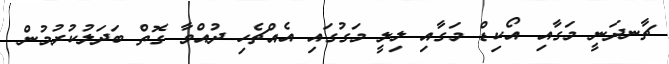
ޗާނދަނީ މަގާއި އޯކިޑް މަގާއި ލިލީ މަގުގައި އެއްޗެހި ދުއްވާ ގޮތް ބަދަލުކުރުމުން